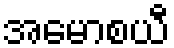
အမောစယီ